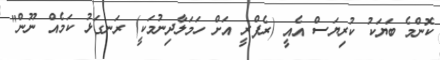
ކޮންމެ ބަޔަކު ކުރިޔަސް އެއީ (ރެފްރީ އަށް ހަަމަލާދިނުމަކީ) ރަނގަޅު ކަމެއް ނޫން"